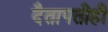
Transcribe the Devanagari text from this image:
दैतापतीही